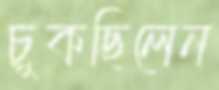
চুকছিলেন